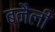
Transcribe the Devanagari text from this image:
बनैली